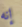
إنه